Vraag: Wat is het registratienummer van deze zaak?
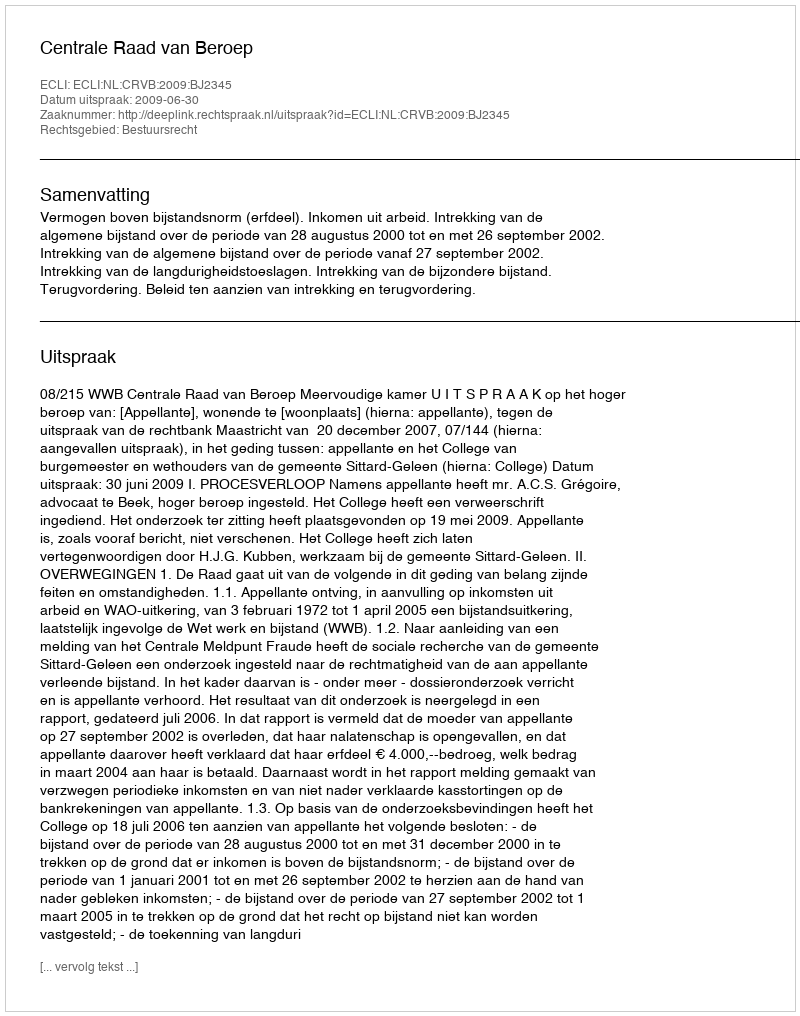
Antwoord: http://deeplink.rechtspraak.nl/uitspraak?id=ECLI:NL:CRVB:2009:BJ2345